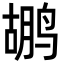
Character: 鹕